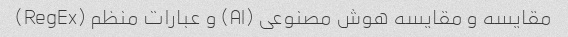
مقایسه و مقایسه هوش مصنوعی (AI) و عبارات منظم (RegEx)